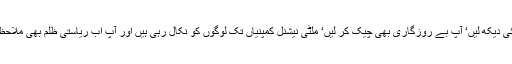
آپ نے ہر طرف سے عوام کو پیس کر رکھ دیا ہے‘ آپ مہنگائی دیکھ لیں‘ آپ بے روزگاری بھی چیک کر لیں‘ ملٹی نیشنل کمپنیاں تک لوگوں کو نکال رہی ہیں اور آپ اب ریاستی ظلم بھی ملاحظہ کر لیجیے‘ آپ کر کیا رہے ہیں اور آپ کرنا کیا چاہتے ہیں؟